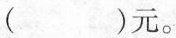
（）元。